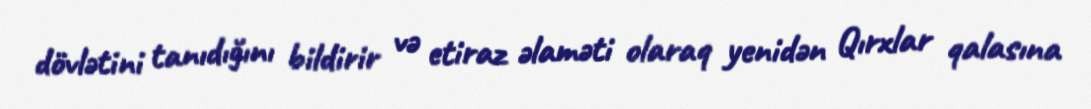
dövlətini tanıdığını bildirir və etiraz əlaməti olaraq yenidən Qırxlar qalasına